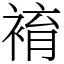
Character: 䘻